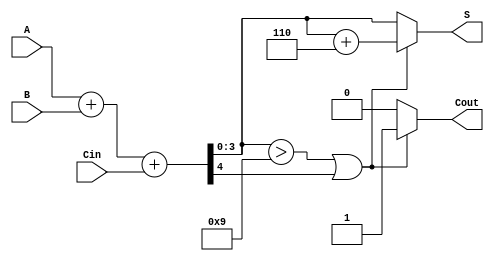
module BCD_Fast_Adder(
    input [3:0] A,        // First 4-bit BCD number
    input [3:0] B,        // Second 4-bit BCD number
    input Cin,            // Carry-in
    output reg [3:0] S,   // 4-bit BCD sum
    output reg Cout       // Carry-out
);

    wire [4:0] Sum;       // 5-bit sum to accommodate carry
    wire Cout_int;        // Intermediate carry-out
    wire [3:0] Corrected_Sum; // Corrected sum after BCD adjustment

    // Step 1: Calculate the initial binary sum
    assign Sum = A + B + Cin; // Adding A, B and Cin
    assign Cout_int = Sum[4]; // Capture the carry-out

    // Step 2: BCD correction logic
    always @(*) begin
        if (Sum[3:0] > 4'b1001 || Cout_int) begin
            // If sum exceeds 9 or there is a carry-out, add 6
            Corrected_Sum = Sum[3:0] + 4'b0110;
            Cout = 1; // Set carry-out
        end else begin
            Corrected_Sum = Sum[3:0]; // No correction needed
            Cout = 0; // No carry-out
        end
        S = Corrected_Sum; // Assign the final sum
    end

endmodule